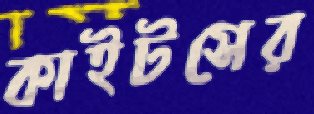
কাইটসের